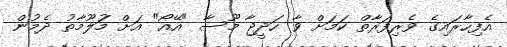
އެފިހާރައިގެ ވެރިފަރާތް ކަމަށް ވާ ހަދީޖާ މޫސާ "އޭއޯ" އަށް މަުލޫމާތު ދެމުން